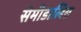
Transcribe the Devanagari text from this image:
सेमीडालिस